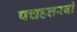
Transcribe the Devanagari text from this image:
पचहत्तरवां